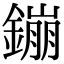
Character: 鏰